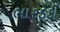
ભારડકી